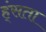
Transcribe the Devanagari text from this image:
ह्ंसता